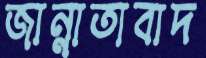
জান্নাতাবাদ